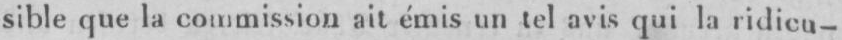
sible que la commission ait émis un tel avis qui la ridicu-